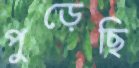
পুড়েছি